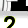
Digit: 2